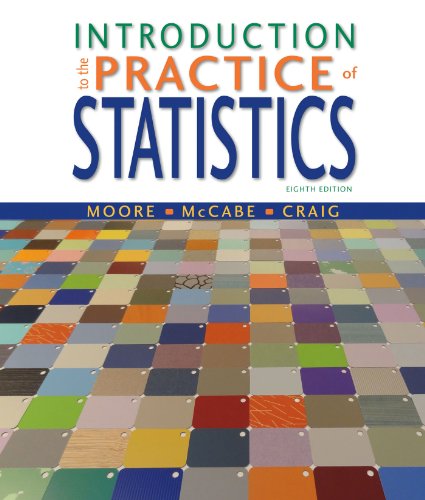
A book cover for Introduction to the Practice of Statistics: w/CrunchIt/EESEE Access Card; David S. Moore; Science & Math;